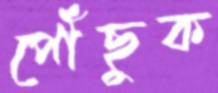
পৌঁছুক